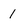
Character: 1